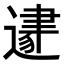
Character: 𨕛